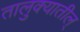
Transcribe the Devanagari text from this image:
तालुक्यातील्